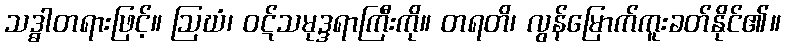
သဒ္ဓါတရားဖြင့်။ ဩဃံ၊ ဝဋ်သမုဒ္ဒရာကြီးကို။ တရတိ၊ လွန်မြောက်ကူးခတ်နိုင်၏။